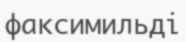
факсимильді